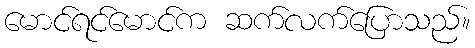
မောင်ရင်မောင်က ဆက်လက်ပြောသည်။